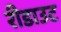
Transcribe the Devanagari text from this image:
रीडाउट